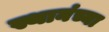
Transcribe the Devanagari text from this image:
स्थानंच्या